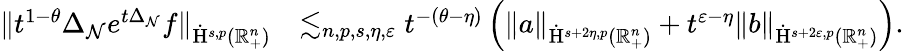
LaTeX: \begin{array}{rl}{\lVert t^{1-\theta}\Delta_{\mathcal{N}}e^{t\Delta_{\mathcal{N}}}f\rVert_{\dot{\mathrm{H}}^{s,p}(\mathbb{R}_{+}^{n})}}&{\lesssim_{n,p,s,\eta,\varepsilon}t^{-(\theta-\eta)}\left(\lVert{a}\rVert_{\dot{\mathrm{H}}^{s+2\eta,p}(\mathbb{R}_{+}^{n})}+t^{\varepsilon-\eta}\lVert{b}\rVert_{\dot{\mathrm{H}}^{s+2\varepsilon,p}(\mathbb{R}_{+}^{n})}\right)\mathrm{.~}}\end{array}